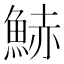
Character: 𩷧